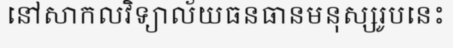
នៅសាកលវិទ្យាល័យធនធានមនុស្សរូបនេះ